system: You are a helpful assistant.
user:
Analyze the provided spectrum to determine if it is a **White Dwarf (WD)**.

A White Dwarf spectrum is defined by its **extreme purity** (due to gravitational settling) and/or **extreme pressure broadening** (due to high surface gravity). You must check for one of the following mutually exclusive signatures:

- **Key Visual Indicators (Check for ONE of these types):**

    - **1. DA-Type Signature (Most Common):**
        - **(Primary Feature):** Extreme pressure broadening (Stark broadening) of the **Hydrogen (H) Balmer lines**.
        - **(Key Lines):** $H\beta$ (approx. $4861$ Å) and $H\gamma$ (approx. $4340$ Å). $H\alpha$ (approx. $6563$ Å) will also be present if the wavelength range covers it.
        - **(Line Profile):** This is the **defining feature**. The lines are **NOT** sharp. They appear as massive, **extremely broad and deep "troughs" or "dips"** in the spectrum, often hundreds of Ångströms wide. The continuum will appear to "scoop" down at these wavelengths.
        - **(Distinction):** Normal A-type or B-type stars have *narrow* and *sharp* Hydrogen lines. A DA White Dwarf's lines are unmistakably "smeared" or "blurry" from pressure.

    - **2. DB-Type Signature:**
        - **(Primary Feature):** Broad absorption lines from **Neutral Helium (He I)**. The spectrum must lack any visible Hydrogen lines.
        - **(Key Lines):** Look for broad absorption near $4471$ Å, $4921$ Å, and $5876$ Å.
        - **(Line Profile):** These lines are also significantly pressure-broadened, appearing much wider than they would in a normal B-type main-sequence star.

    - **3. DC-Type Signature:**
        - **(Primary Feature):** A **featureless continuous spectrum**.
        - **(Line Profile):** The spectrum is a smooth curve with **no significant absorption or emission lines**.
        - **(Key Confirmation):** The continuum is almost always **blue or white**, indicating a hot object. This signature implies the atmosphere is so pure (or so cool) that no spectral lines are visible in the optical range. Its WD identity is confirmed by its extremely low intrinsic brightness (high absolute magnitude).

    - **4. DZ-Type Signature (Metal-Polluted):**
        - **(Primary Feature):** **Isolated, narrow metal absorption lines** on an otherwise featureless (DC-like) continuum.
        - **(Key Lines):** The **Calcium (Ca II) H & K doublet** (approx. **$3934$ Å** and **$3968$ Å**) is the most common and defining feature.
        - **(Line Profile):** These lines are "out of place." They are *not* part of a "forest" of thousands of lines. This signature is evidence of recent *accretion* (pollution) from rocky debris.
        - **(Distinction):** Normal G/K/M stars have a *dense forest* of thousands of metal lines. A DZ has a *clean* continuum with *only a few* strong metal lines.

    - **5. DQ-Type Signature (Carbon-Polluted):**
        - **(Primary Feature):** Absorption bands from **Carbon (C₂ "Swan Bands" or atomic C I)**.
        - **(Key Lines - C₂):** Look for bandheads with a "saw-tooth" shape near $5635$ Å, **$5165$ Å** (strongest), and $4737$ Å.
        - **(Key Confirmation):** The underlying **continuum must be blue or white** (hot).
        - **(Distinction):** This is the critical difference from a **Carbon Star**, which has the *exact same* C₂ bands but on an extremely **red, cool** continuum.

- **(Overall Spectrum):**
    - The continuum (overall shape) is typically **blue-sloping** (brighter in the blue than the red), as most white dwarfs are very hot.
    - The spectrum will look "pure" or "simple," dominated by only *one* of the five signatures listed above.

Think first, call **spectral_visualization_tool** if needed to examine features in detail, then provide your final answer. Your response must adhere to the following strict rules:
1.  **Overall Structure:** Your response must follow the format `<think>...</think> <tool_call>...</tool_call> (if a tool is used) <answer>...</answer>`.
2.  **Tool Usage Constraint:** You may only make **one** tool call per turn.
3.  **Final Answer Format:** In the `<answer>` tag, your conclusion must be inside a `\boxed{}` command (e.g., `\boxed{YES}` or `\boxed{NO}`), followed by your justification.

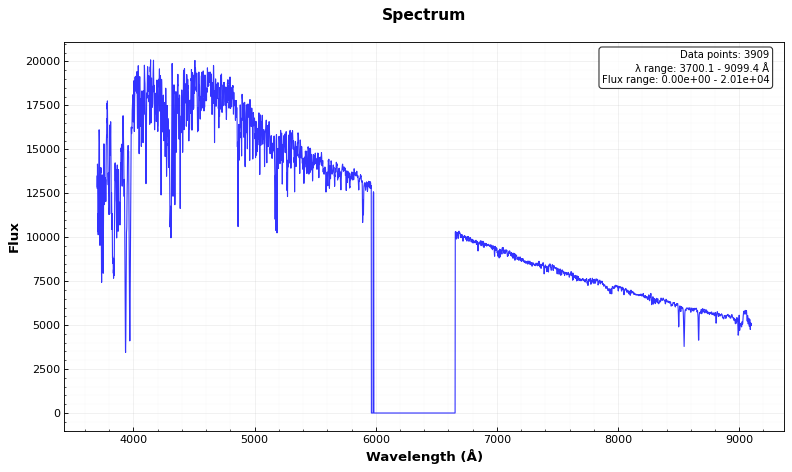
Answer: NO